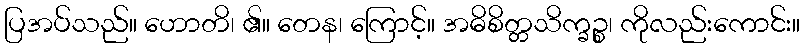
ပြအပ်သည်။ ဟောတိ၊ ၏။ တေန၊ ကြောင့်။ အဓိစိတ္တသိက္ခဉ္စ၊ ကိုလည်းကောင်း။